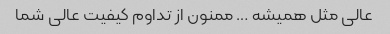
عالی مثل همیشه … ممنون از تداوم کیفیت عالی شما